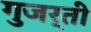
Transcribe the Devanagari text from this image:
गुजर्ती